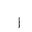
Letter: _alif